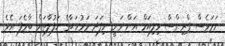
ނަމަވެސް ޕްރިންސް ވިލިއަމް އަށް ވަނީ މިފަދަ މަރުހަބާގެ ހަފުލާތައް ބާވެފަ އެވެ.